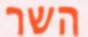
השר